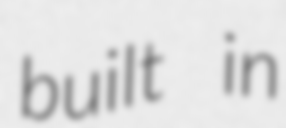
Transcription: built in